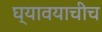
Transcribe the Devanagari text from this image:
घ्यावयाचीच